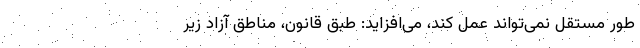
طور مستقل نمی‌تواند عمل کند، می‌افزاید: طبق قانون، مناطق آزاد زیر